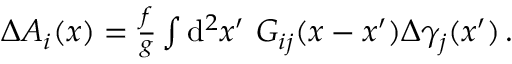
\begin{array} { r } { \Delta A _ { i } ( x ) = \frac { f } { g } \int \ensuremath { \operatorname { d } \! { } ^ { 2 } } x ^ { \prime } \ G _ { i j } ( x - x ^ { \prime } ) \Delta \gamma _ { j } ( x ^ { \prime } ) \, . } \end{array}